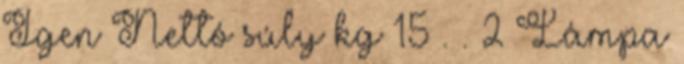
Igen Nettó súly kg 15 . . 2 Lámpa